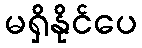
မရှိနိုင်ပေ